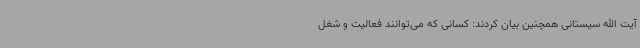
آیت الله سیستانی همچنین بیان کردند: کسانی که می‌توانند فعالیت و شغل